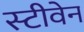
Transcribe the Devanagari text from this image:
स्‍टीवेन